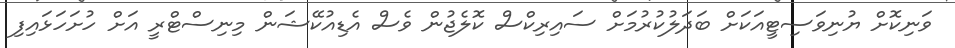
ވަނިކޮށް ޔުނިވަސިޓީއަކަށް ބަދަލުކުރުމަށް ސައިރިކްސް ކޮލެޖުން ވެސް އެޑިއުކޭޝަން މިނިސްޓްރީ އަށް ހުށަހަޅައިފި